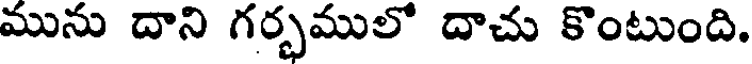
మును దాని గర్భములో దాచు కొంటుంది.